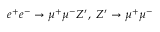
e ^ { + } e ^ { - } \to \mu ^ { + } \mu ^ { - } Z ^ { \prime } , ~ Z ^ { \prime } \to \mu ^ { + } \mu ^ { - }